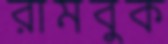
রামবুক